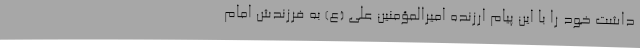
داشت خود را با این پیام ارزنده‌ امیرالمؤمنین علی (ع) به فرزندش امام